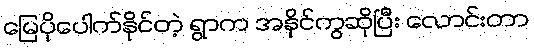
မြေပိုပေါက်နိုင်တဲ့ ရွာက အနိုင်ကွဆိုပြီး လောင်းတာ